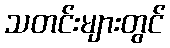
သတင်းများတွင်